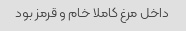
داخل مرغ کاملا خام و قرمز بود